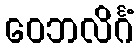
ဝေဘလိင်္ဂံ